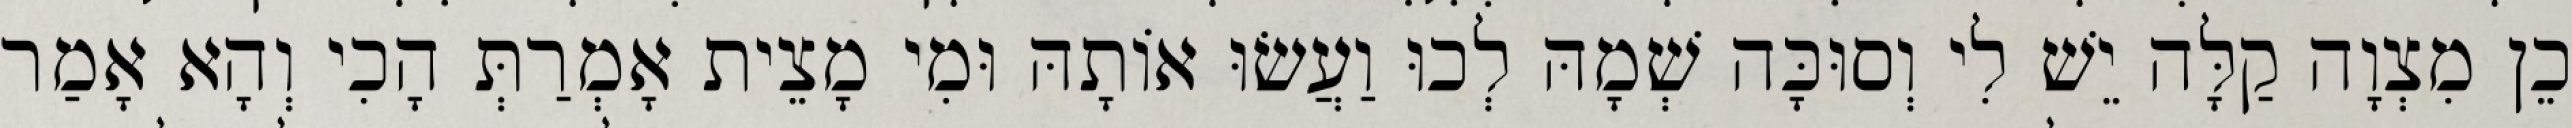
כֵן מִצְוָה קַלָּה יֵשׁ לִי וְסוּכָּה שְׁמָהּ לְכוּ וַעֲשׂוּ אוֹתָהּ וּמִי מָצֵית אָמְרַתְּ הָכִי וְהָא אָמַר